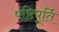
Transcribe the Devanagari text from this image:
षष्ठिपूर्ति